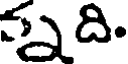
్ది.